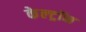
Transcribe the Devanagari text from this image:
केल्ट्रॉन